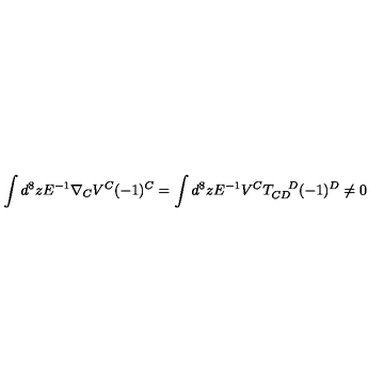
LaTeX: \int d ^ { 8 } z E ^ { - 1 } \nabla _ { C } V ^ { C } ( - 1 ) ^ { C } = \int d ^ { 8 } z E ^ { - 1 } V ^ { C } T _ { C D } ^ { \quad D } ( - 1 ) ^ { D } \neq 0